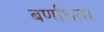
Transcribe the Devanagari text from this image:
बर्णांधता